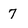
Character: 7